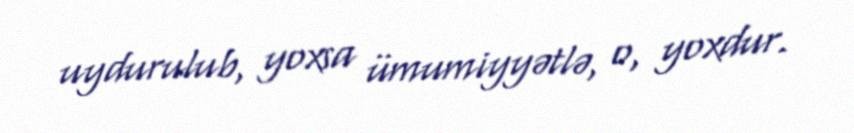
uydurulub, yoxsa ümumiyyətlə, o, yoxdur.